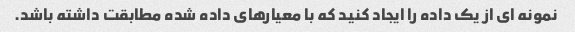
نمونه ای از یک داده را ایجاد کنید که با معیارهای داده شده مطابقت داشته باشد.